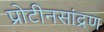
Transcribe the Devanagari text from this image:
प्रोटीनसांद्रण